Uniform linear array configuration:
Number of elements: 24
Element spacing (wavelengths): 1
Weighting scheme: blackman
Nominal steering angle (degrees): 60
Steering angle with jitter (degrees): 61.832
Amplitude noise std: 0.05
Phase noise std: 0.05

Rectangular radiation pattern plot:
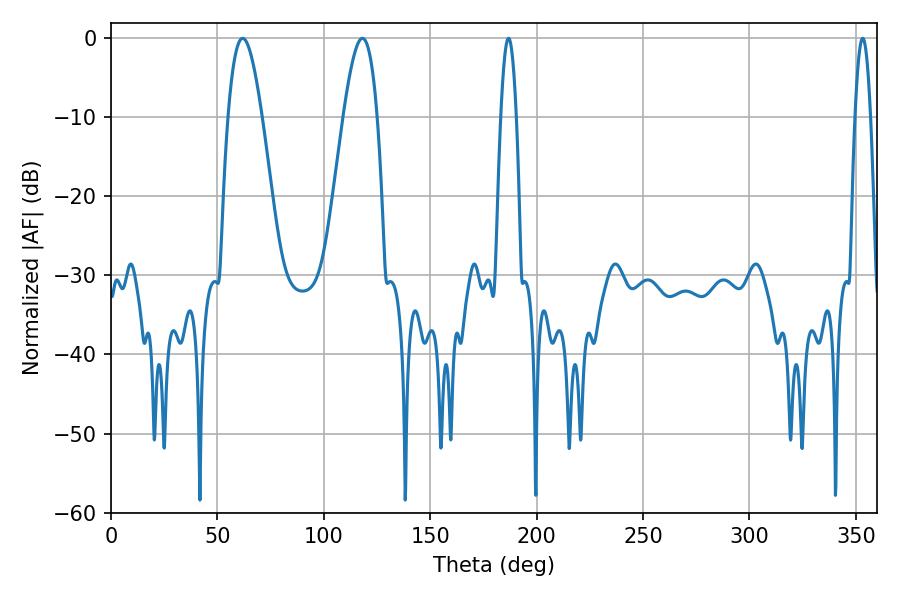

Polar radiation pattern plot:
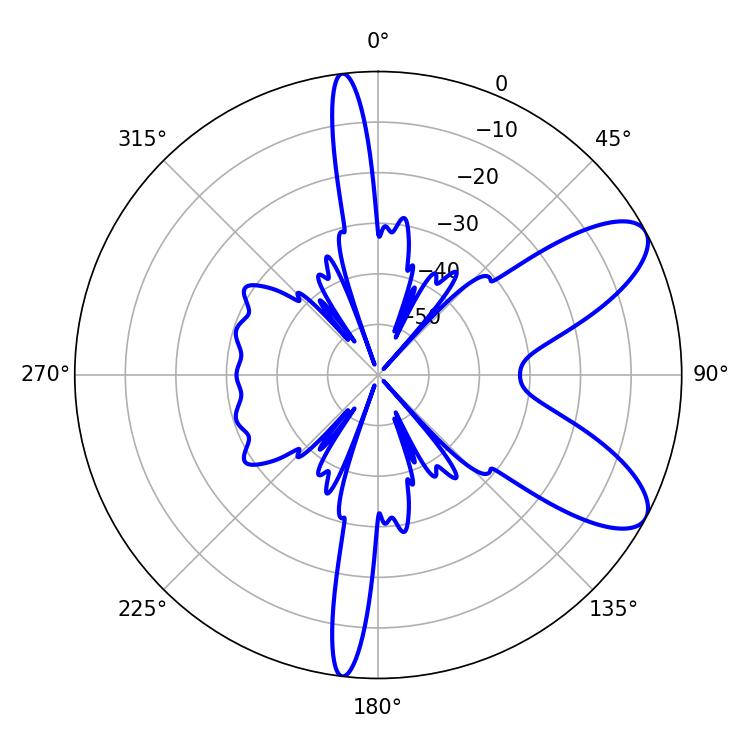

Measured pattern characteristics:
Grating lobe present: TRUE
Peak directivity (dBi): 8.655
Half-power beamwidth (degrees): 8.46
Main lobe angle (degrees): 61.92